Annual report on the working of the lock hospitals in the North-Western Provinces and Oudh
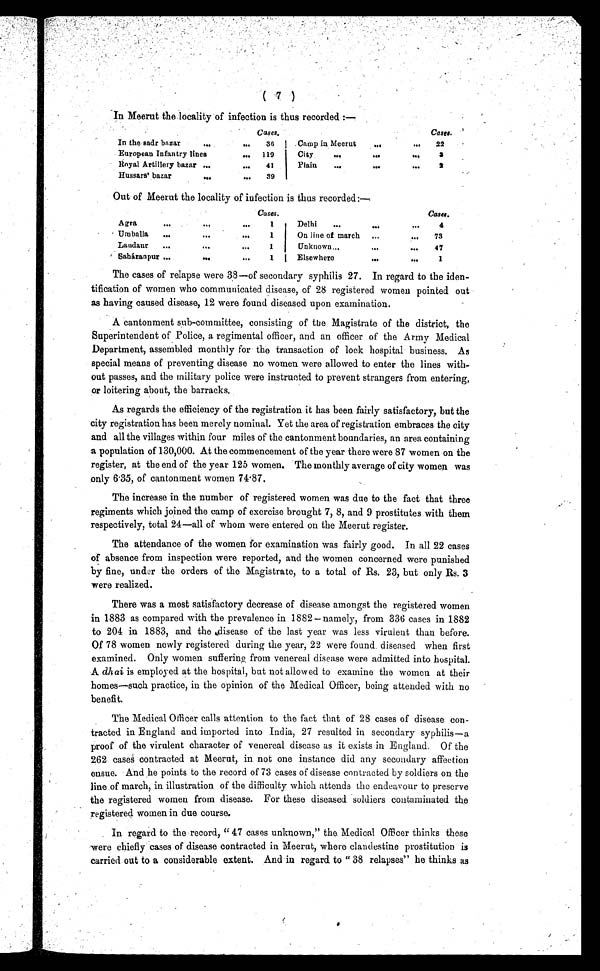
( 7 )
In Meerut the locality of infection is thus recorded :—
Cases.
Cases.
In the sadr bazar
...
...
3 6
Camp in Meerut
. . .
...
22
European Infantry lines
. . . 119
City
...
. . .
. . .
3
Royal Artillery bazar ...
...
41
Plain
...
. . .
...
2
Hussars' bazar
...
...
39
Out of Meerut the locality of infection is thus recorded:—
Cases.
Cases.
Agra
...
. . .
...
1
Delhi
...
. . .
. . . 4
Umballa
...
. . .
...
1
On line of march
...
...
73
Landaur
...
. . .
...
1
Unknown ...
...
. . .
47
Saháranpur ...
...
...
1
Elsewhere
. . .
...
1
The cases of relapse were 38—of secondary syphilis 27. In regard to the iden-
tification of women who communicated disease, of 28 registered women pointed out
as having caused disease, 12 were found diseased upon examination.
A cantonment sub-committee, consisting of the Magistrate of the district, the
Superintendent of Police, a regimental officer, and an officer of the Army Medical
Department, assembled monthly for the transaction of lock hospital business. As
special means of preventing disease no women were allowed to enter the lines with-
out passes, and the military police were instructed to prevent strangers from entering,
or loitering about, the barracks.
As regards the efficiency of the registration it has been fairly satisfactory, but the
city registration has been merely nominal. Yet the area of registration embraces the city
and all the villages within four miles of the cantonment boundaries, an area containing
a population of 130,000. At the commencement of the year there were 87 women on the
register, at the end of the year 125 women. The monthly average of city women was
only 6·35, of cantonment women 74·87.
The increase in the number of registered women was due to the fact that three
regiments which joined the camp of exercise brought 7, 8, and 9 prostitutes with them
respectively, total 24—all of whom were entered on the Meerut register.
The attendance of the women for examination was fairly good. In all 22 cases
of absence from inspection were reported, and the women concerned were punished
by fine, under the orders of the Magistrate, to a total of Rs. 23, but only Rs. 3
were realized.
There was a most satisfactory decrease of disease amongst the registered women
in 1883 as compared with the prevalence in 1882— namely, from 336 cases in 1882
to 204 in 1883, and the disease of the last year was less virulent than before.
Of 78 women. newly registered during the year, 22 were found. diseased when first
examined. Only women suffering from venereal disease were admitted into hospital.
A dhai is employed at the hospital, but not allowed to examine the women at their
homes—such practice, in the opinion of the Medical Officer, being attended with no
benefit.
The Medical Officer calls attention to the fact that of 28 cases of disease con-
tracted in England and imported into India, 27 resulted in secondary syphilis—a
proof of the virulent character of venereal disease as it exists in England. Of the
262 cases contracted at Meerut, in not one instance did any secondary affection
ensue.And he points to the record of 73 cases of disease contracted by soldiers on the
line of march, in illustration of the difficulty which attends the endeavour to preserve
the registered women from disease. For these diseased soldiers contaminated the
registered women in due course.
In regard to the record, " 47 cases unknown," the Medical Officer thinks these
were chiefly cases of disease contracted in Meerut, where clandestine prostitution is
carried out to a considerable extent. And in regard to " 38 relapses" he thinks as